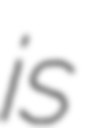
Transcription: is